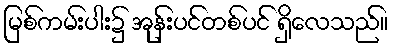
မြစ်ကမ်းပါး၌ အုန်းပင်တစ်ပင် ရှိလေသည်။